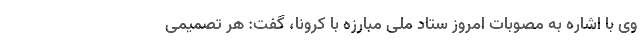
وی با اشاره به مصوبات امروز ستاد ملی مبارزه با کرونا، گفت: هر تصمیمی